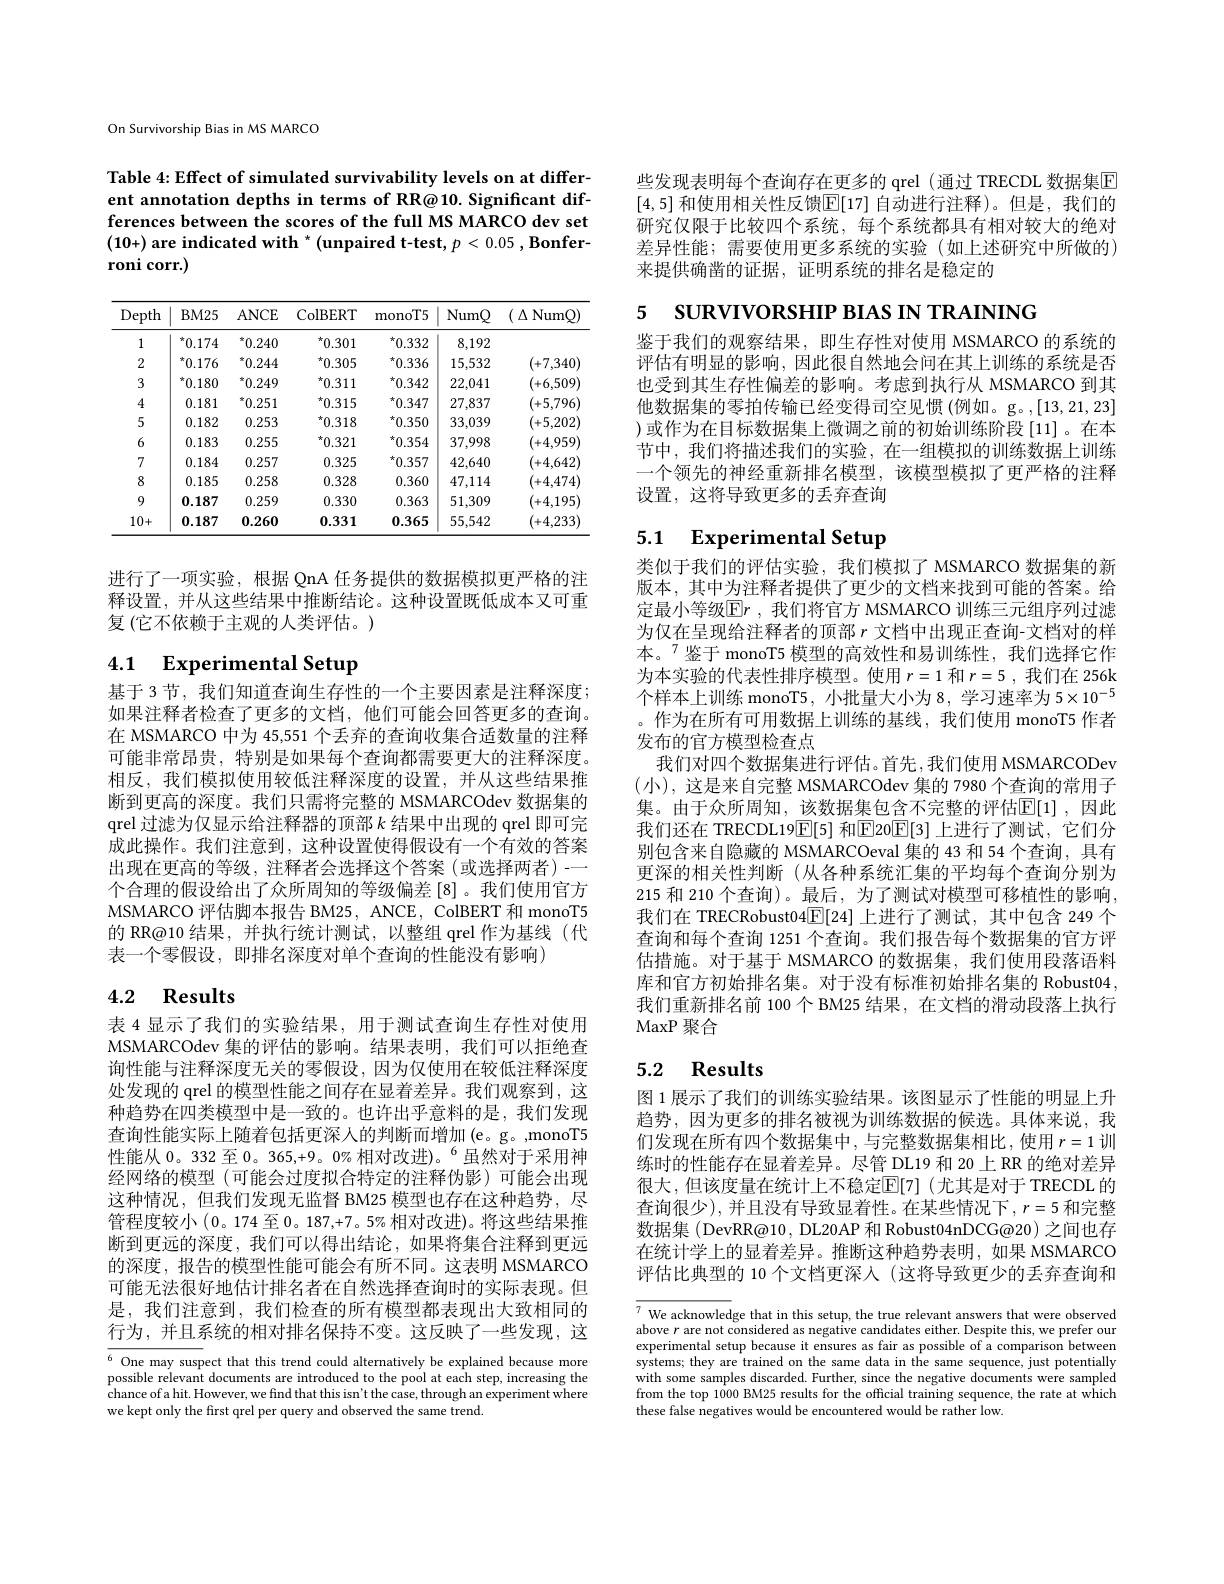
On Survivorship Bias in MS MARCO

Table 4: Effect of simulated survivability levels on at different annotation depths in terms of RR@10. Significant differences between the scores of the full MS MARCO dev set (10+) are indicated with *(unpaired t-test, p< 0.05 , Bonferroni corr.)

<table>
	<tbody>
		<tr>
			<th>Depth</th>
			<th>$BM25$</th>
			<th>ANCE</th>
			<th>ColBERT</th>
			<th>monoT5</th>
			<th>NumQ</th>
			<th>( $\Delta$ NumQ</th>
		</tr>
		<tr>
			<td>1</td>
			<td>$^*0.174$</td>
			<td>$^{*}0.240$</td>
			<td>$^{\star}0.301$</td>
			<td>$^{\star}0.332$</td>
			<td>8,192</td>
			<td> </td>
		</tr>
		<tr>
			<td>2</td>
			<td>0.176</td>
			<td>$^*0.244$</td>
			<td>$^{\star}0.305$</td>
			<td>$^{\star}0.336$</td>
			<td>15,532</td>
			<td>+7,340</td>
		</tr>
		<tr>
			<td>3</td>
			<td>0.180</td>
			<td>${}^*0.249$</td>
			<td>$^{\star}0.311$</td>
			<td>$^{\star}0.342$</td>
			<td>22,041</td>
			<td>+6,509</td>
		</tr>
		<tr>
			<td>4</td>
			<td>0.181</td>
			<td>$“0.251$ -1</td>
			<td>$^{\star}0.315$</td>
			<td>$^{\star}0.347$</td>
			<td>27,837</td>
			<td>+5,796</td>
		</tr>
		<tr>
			<td>5</td>
			<td>0.182</td>
			<td>0.253</td>
			<td>$^{\star}0.318$</td>
			<td>$^{\star}0.350$</td>
			<td>33,039</td>
			<td>(+5,202</td>
		</tr>
		<tr>
			<td>6</td>
			<td>0.183</td>
			<td>0.255</td>
			<td>$^{\star}0.321$</td>
			<td>$^{\star}0.354$</td>
			<td>37,998</td>
			<td>(+4,959)</td>
		</tr>
		<tr>
			<td>7</td>
			<td>0.184</td>
			<td>0.257</td>
			<td>0.325</td>
			<td>$^{\star}0.357$</td>
			<td>42,640</td>
			<td>(+4,642)</td>
		</tr>
		<tr>
			<td>8</td>
			<td>0.185</td>
			<td>0.258</td>
			<td>0.328</td>
			<td>0.360</td>
			<td>47,114</td>
			<td>(+4,474</td>
		</tr>
		<tr>
			<td>9</td>
			<td>0.187</td>
			<td>0.259</td>
			<td>0.330</td>
			<td>0.363</td>
			<td>51,309</td>
			<td>(+4,195)</td>
		</tr>
		<tr>
			<td>10+</td>
			<td>0.187</td>
			<td>0.260</td>
			<td>0.331</td>
			<td>0.365</td>
			<td>55,542</td>
			<td>+4,233</td>
		</tr>
	</tbody>
</table>

进行了一项实验，根据 QnA 任务提供的数据模拟更严格的注释设置，并从这些结果中推断结论。这种设置既低成本又可重复(它不依赖于主观的人类评估。)

# 4.1 Experimental Setup

基于 3 节，我们知道查询生存性的一个主要因素是注释深度； 如果注释者检查了更多的文档，他们可能会回答更多的查询。在 MSMARCO 中为 45,551 个丢弃的查询收集合适数量的注释可能非常昂贵，特别是如果每个查询都需要更大的注释深度。相反，我们模拟使用较低注释深度的设置，并从这些结果推断到更高的深度。我们只需将完整的 MSMARCOdev 数据集的qrel 过滤为仅显示给注释器的顶部$k$结果中出现的 qrel 即可完成此操作。我们注意到，这种设置使得假设有一个有效的答案出现在更高的等级，注释者会选择这个答案 (或选择两者)-— 个合理的假设给出了众所周知的等级偏差[8] 。我们使用官方MSMARCO 评估脚本报告 BM25, ANCE, ColBERT 和 monoT5的 RR@10 结果，并执行统计测试，以整组 qrel 作为基线 (代表一个零假设，即排名深度对单个查询的性能没有影响)

# 4.2 Results

表 4 显示了我们的实验结果，用于测试查询生存性对使用MSMARCOdev 集的评估的影响。结果表明，我们可以拒绝查询性能与注释深度无关的零假设，因为仅使用在较低注释深度处发现的 qrel 的模型性能之间存在显着差异。我们观察到，这种趋势在四类模型中是一致的。也许出乎意料的是，我们发现查询性能实际上随着包括更深人的判断而增加(e。g。,monoT5性能从 0。332 至 0。365,+9。0% 相对改进)。$^{6}$虽然对于采用神经网络的模型(可能会过度拟合特定的注释伪影)可能会出现这种情况，但我们发现无监督 BM25 模型也存在这种趋势，尽管程度较小(0。174 至0。187,+7。5% 相对改进)。将这些结果推断到更远的深度，我们可以得出结论，如果将集合注释到更远的深度，报告的模型性能可能会有所不同。这表明 MSMARCO 可能无法很好地估计排名者在自然选择查询时的实际表现。但是，我们注意到，我们检查的所有模型都表现出大致相同的行为，并且系统的相对排名保持不变。这反映了一些发现，这

$\overline{^6\text{One may susp}}$ect that this trend could alternatively be explained because more nocciblo rolarant doarmanto ro introdund to tho nod at onob cton inoronina tho possible relevant documents are introduced to the pool at each step, increasing the chance of a hit. However, we find that this isn't the case, through an experiment where we kept only the frst qrel per query and observed the same trend.

些发现表明每个查询存在更多的 qrel (通过 TRECDL 数据集区[4,5] 和使用相关性反馈$\boxed{\mathbb{E}}[17]$ 自动进行注释)。但是，我们的研究仅限于比较四个系统，每个系统都具有相对较大的绝对差异性能；需要使用更多系统的实验(如上述研究中所做的) 来提供确凿的证据，证明系统的排名是稳定的

5 SURVIVORSHIP BIAS IN TRAINING

鉴于我们的观察结果，即生存性对使用 MSMARCO 的系统的评估有明显的影响，因此很自然地会问在其上训练的系统是否也受到其生存性偏差的影响。考虑到执行从 MSMARCO 到其他数据集的零拍传输已经变得司空见惯(例如。g。,[13,21,23] )或作为在目标数据集上微调之前的初始训练阶段[11]。在本节中，我们将描述我们的实验，在一组模拟的训练数据上训练一个领先的神经重新排名模型，该模型模拟了更严格的注释设置，这将导致更多的丢弃查询

# 5.1 Experimental Setup

类似于我们的评估实验，我们模拟了 MSMARCO 数据集的新版本，其中为注释者提供了更少的文档来找到可能的答案。给定最小等级$\boxed{\mathrm{F}}r$ ,我们将官方 MSMARCO 训练三元组序列过滤为仅在呈现给注释者的顶部$r$文档中出现正查询-文档对的样本。$^{7}$鉴于 monoT5 模型的高效性和易训练性，我们选择它作为 本 实 验 的 代 表 性 排 序 模 型 。使 用 $r= 1$ 和 $r= 5$ , 我 们 在 256k $\text{个样本上训练 monoT5, 小批量大小为 8, 学习速率为 510}^{-5}$ 。作为在所有可用数据上训练的基线，我们使用 monoT5 作者发布的官方模型检查点
我们对四个数据集进行评估。首先，我们使用 MSMARCODev (小),这是来自完整 MSMARCOdev 集的 7980 个查询的常用子集。由于众所周知，该数据集包含不完整的评估$\mathbb{E}[1]$,因此我们还在 TRECDL19$\overline{\mathbb{E}}[5]$ 和$\boxed{\mathbb{E}}$20$\boxed{\mathbb{E}}[3]$ 上进行了测试，它们分别包含来自隐藏的 MSMARCOeval 集的 43 和 54 个查询，具有更深的相关性判断(从各种系统汇集的平均每个查询分别为215 和 210 个查询)。最后，为了测试对模型可移植性的影响， 我们在 TRECRobust04$\underline{\mathbb{E}}[24]$上进行了测试，其中包含 249 个查询和每个查询 1251 个查询。我们报告每个数据集的官方评估措施。对于基于 MSMARCO 的数据集，我们使用段落语料库和官方初始排名集。对于没有标准初始排名集的 Robust04, 我们重新排名前 100 个 BM25 结果，在文档的滑动段落上执行MaxP 聚合

# 5.2 Results

图 1 展示了我们的训练实验结果。该图显示了性能的明显上升趋势，因为更多的排名被视为训练数据的候选。具体来说，我们发现在所有四个数据集中，与完整数据集相比，使用$r=1$训练时的性能存在显着差异。尽管 DL19 和 20 上 RR 的绝对差异很大，但该度量在统计上不稳定$\mathbb{E}[7]$(尤其是对于 TRECDL 的查询很少),并且没有导致显着性。在某些情况下 $,r=5$ 和完整数据集 ( DevRR@10, DL20AP 和 Robust04nDCG@20) 之间也存在统计学上的显着差异。推断这种趋势表明，如果 MSMARCO 评估比典型的 10 个文档更深人 (这将导致更少的丢弃查询和

$\overline{7}$ We acknowledge that in this setup, the true relevant answers that were observed abara re areo nat an aidorad a mortin andidotar aithor Dornit athic un na nrofor ur above $r$ are not considered as negative candidates either. Despite this, we prefer our experimental setup because it ensures as fair as possible of a comparison between systems; they are trained on the same data in the same sequence, just potentially with some samples discarded. Further, since the negative documents were sampled with some samples discarded. Further, since the negative documents were sampled sule sule sulen tonder le since the negative documents were sampled from the top 1000 BM25 results for the official training sequence, the rate at which these false negatives would be encountered would be rather low